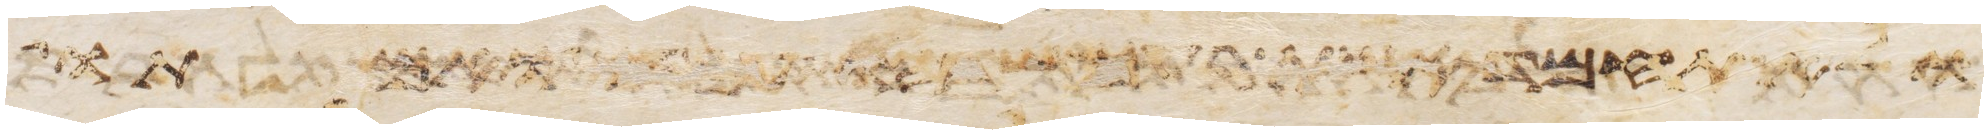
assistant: ולא תחמד אשת רעך שדהו עבדו ואמתו